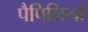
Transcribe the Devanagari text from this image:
पैपिलियों